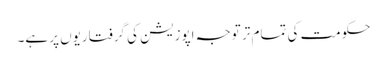
حکومت کی تمام تر توجہ اپوزیشن کی گرفتاریوں پر ہے۔